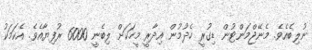
ނުލިބެއެވެ. މެނޭޖްމަންޓުން ޑިގުރީ ހެދުމުން އިދާރީ މީހަކަށް ލިބެނީ 6000 ރުފިޔާއެވެ. އެކަމަކު